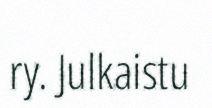
ry. Julkaistu